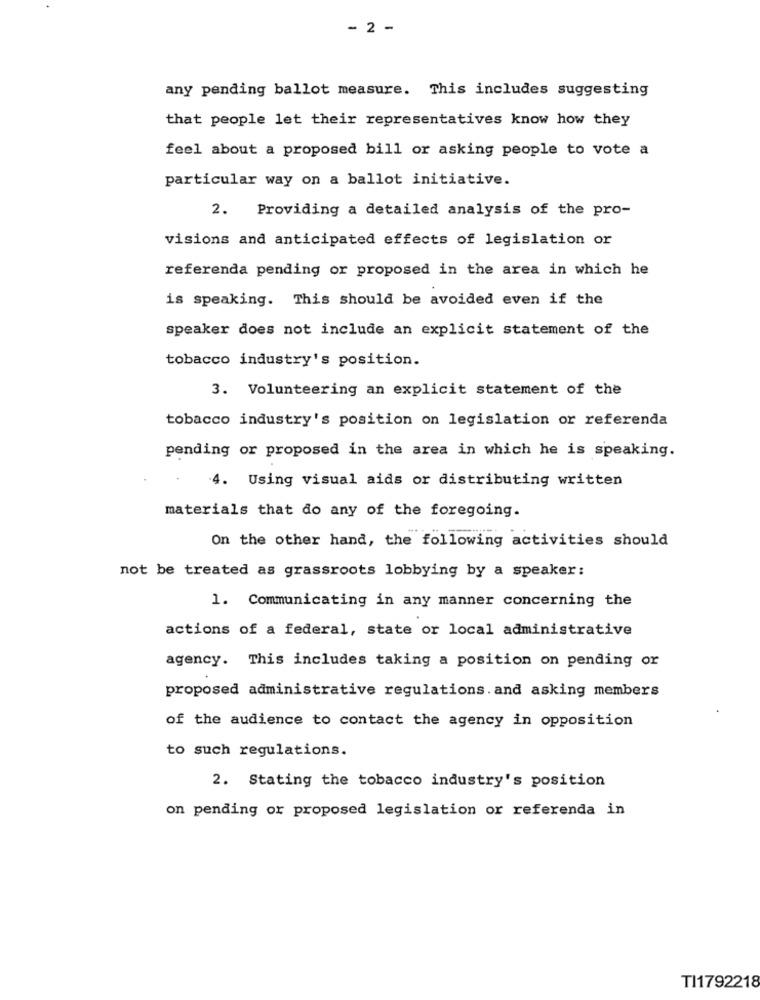
- 2 -
any pending ballot measure. This includes suggesting
that people let their representatives know how they
feel about a proposed bill or asking people to vote a
particular way on a ballot initiative.
2.
Providing a detailed analysis of the pro-
visions and anticipated effects of legislation or
referenda pending or proposed in the area in which he
is speaking. This should be avoided even if the
speaker does not include an explicit statement of the
tobacco industry's position.
3. Volunteering an explicit statement of the
tobacco industry's position on legislation or referenda
pending or proposed in the area in which he is speaking.
4. Using visual aids or distributing written
materials that do any of the foregoing.
On the other hand, the following activities should
not be treated as grassroots lobbying by a speaker:
1. Communicating in any manner concerning the
actions of a federal, state or local administrative
agency. This includes taking a position on pending or
proposed administrative regulations. and asking members
of the audience to contact the agency in opposition
to such regulations.
2. Stating the tobacco industry's position
on pending or proposed legislation or referenda in
TI1792218